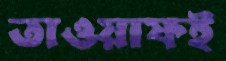
তাওয়াফই